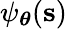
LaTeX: \psi_{\boldsymbol\theta}(\mathbf{s})